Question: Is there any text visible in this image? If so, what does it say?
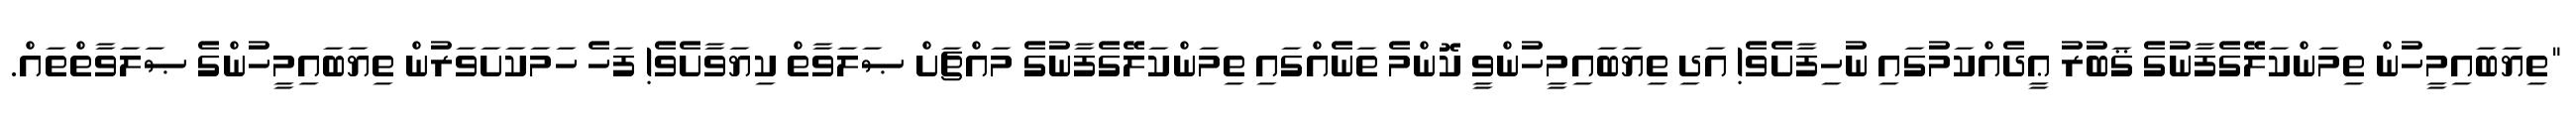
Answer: "ތިޔަބައިމީހުން ތިމަންކަލޭގެފާނުގެ ޤަބުރު ޢީދެއްކަމުގައި ނުހިފާށެވެ! އަދި ތިޔަބައިމީހުންވީ ކޮންމެ ތަނެއްގައި ތިމަންކަލޭގެފާނުގެ މައްޗަށް ޞަލަވާތް ކިޔަވާށެވެ! ފަހެ ހަމަކަށަވަރުން ތިޔަބައިމީހުންގެ ޞަލަވާތްތައް.